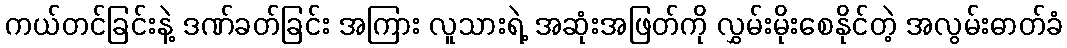
ကယ်တင်ခြင်းနဲ့ ဒဏ်ခတ်ခြင်း အကြား လူသားရဲ့ အဆုံးအဖြတ်ကို လွှမ်းမိုးစေနိုင်တဲ့ အလွမ်းဓာတ်ခံ